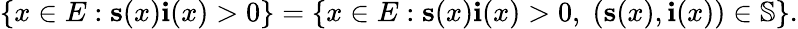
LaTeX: \{ x\in E:\mathbf{s}(x)\mathbf{i}(x)>0\} =\{ x\in E:\mathbf{s}(x)\mathbf{i}(x)>0,\; (\mathbf{s}(x),\mathbf{i}(x))\in\mathbb{S}\} .